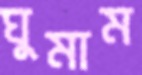
ঘুমাম